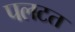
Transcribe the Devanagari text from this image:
पलटत